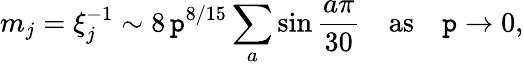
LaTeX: m_{j}=\xi_{j}^{-1}\sim8\, \mathtt{p}^{8/15}\sum_{a}\sin\frac{{a\pi}}{{30}}\quad\mathrm{{as}}\quad\mathtt{p}\to0,